Report of the King Institute of Preventive Medicine, Guindy
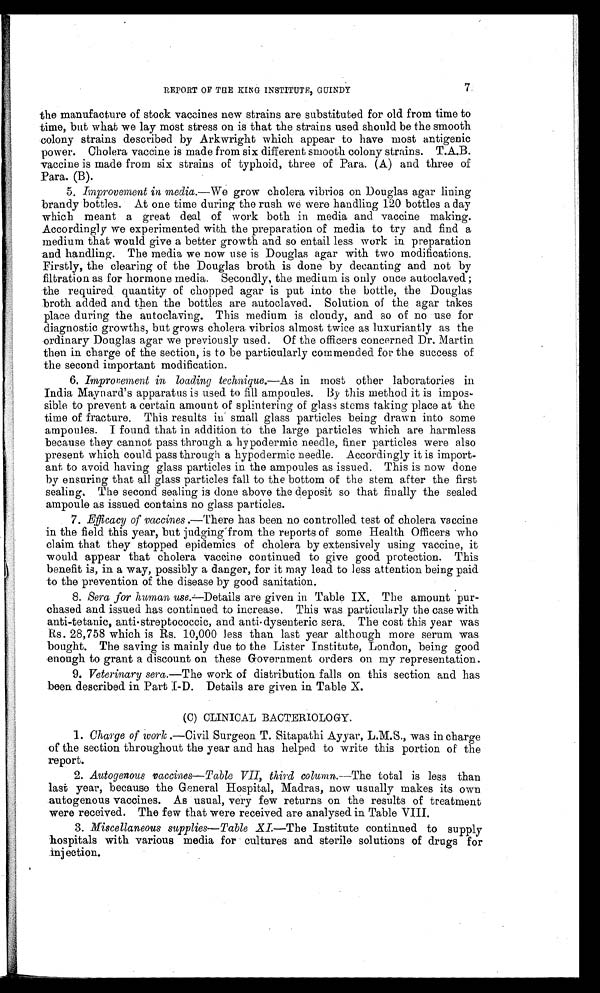
REPORT OF THE KING INSTITUTE, GUINDY
7
the manufacture of stock vaccines new strains are substituted for old from time to
time, but what we lay most stress on is that the strains used should be the smooth
colony strains described by Arkwright which appear to have most antigenic
power. Cholera vaccine is made from six different smooth colony strains. T.A.B.
vaccine is made from six strains of typhoid, three of Para. (A) and three of
Para. (B).
5. Improvement in media.— We grow cholera vibrios on Douglas agar lining
brandy bottles. At one time during the rush we were handling 120 bottles a day
which meant a great deal of work both in media and vaccine making.
Accordingly we experimented with the preparation of media to try and find a
medium that would give a better growth and so entail less work in preparation
and handling. The media we now use is Douglas agar with two modifications.
Firstly, the clearing of the Douglas broth is done by decanting and not by
filtration as for hormone media. Secondly, the medium is only once autoclaved;
the required quantity of chopped agar is put into the bottle, the Douglas
broth added and then the bottles are autoclaved. Solution of the agar takes
place during the autoclaving. This medium is cloudy, and so of no use for
diagnostic growths, but grows cholera vibrios almost twice as luxuriantly as the
ordinary Douglas agar we previously used. Of the officers concerned Dr. Martin
then in charge of the section, is to be particularly commended for the success of
the second important modification.
6. Impronement in loading technique.— As in most other laboratories in
India Maynard’s apparatus is used to fill ampoules. By this method it is impos-
sible to prevent a certain amount of splintering of glass stems taking place at the
time of fracture. This results in small glass particles being drawn into some
ampoules. I found that in addition to the large particles which are harmless
because they cannot pass through a hypodermic needle, finer particles were also
present which could pass through a hypodermic needle. Accordingly it is import-
ant to avoid having glass particles in the ampoules as issued. This is now done
by ensuring that all glass particles fall to the bottom of the stem after the first
sealing. The second sealing is done above the deposit so that finally the sealed
ampoule as issued contains no glass particles.
7. Efficacy of vaccines .—There has been no controlled test of cholera vaccine
in the field this year, but judging from the reports of some Health Officers who
claim that they stopped epidemics of cholera by extensively using vaccine, it
would appear that cholera vaccine continued to give good protection. This
benefit is, in a way, possibly a danger, for it may lead to less attention being paid
to the prevention of the disease by good sanitation.
8. Sera for human use.—Details are given in Table IX. The amount pur-
- c h a s e d a n d i s s u e d h a s c o n t i n u e d t o i n c r e a s e . T h i s w a s p a r t i c u l a r l y t h e c a s e w i t h
anti-tetanic, anti-streptococcic, and anti-dysenteric sera. The cost this year was
Rs. 28,758 which is Rs. 10,000 less than last year although more serum was
bought. The saving is mainly due to the Lister Institute, London, being good
enough to grant a discount on these Government orders on my representation.
9. Veterinary sera.—The work of distribution falls on this section and has
been described in Part I-D. Details are given in Table X.
(C) CLINICAL BACTERIOLOGY.
1. Charge of work .—Civil Surgeon T. Sitapathi Ayyar, L.M.S., was in charge
of the section throughout the year and has helped to write this portion of the
report.
2. Autogenous vaccines—Table VII, third column.—The total is less than
last year, because the General Hospital, Madras, now usually makes its own
autogenous vaccines. As usual, very few returns on the results of treatment
were received. The few that were received are analysed in Table VIII.
3. Miscellaneous supplies—Table XI. —The Institute continued to supply
hospitals with various media for cultures and sterile solutions of drugs for
injection.